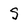
Character: s